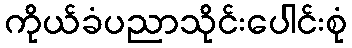
ကိုယ်ခံပညာသိုင်းပေါင်းစုံ